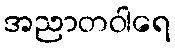
အညာတဝါရေ